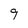
Character: 9